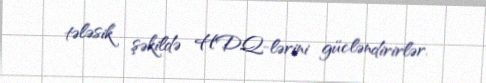
tələsik şəkildə HDQ-lərini gücləndirirlər.